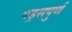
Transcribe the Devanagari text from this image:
षड्रसपुर्ण